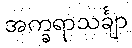
အက္ခရာသင်္ချာ